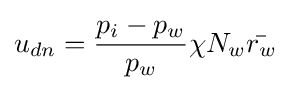
u_{dn}={\frac {p_{i}-p_{w}}{p_{w}}}\chi N_{w}{\bar {r_{w}}}